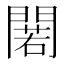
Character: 𨵫